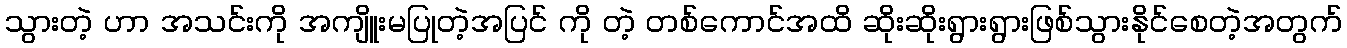
သွားတဲ့ ဟာ အသင်းကို အကျိူးမပြုတဲ့အပြင် ကို တဲ့ တစ်ကောင်အထိ ဆိုးဆိုးရွားရွားဖြစ်သွားနိုင်စေတဲ့အတွက်